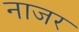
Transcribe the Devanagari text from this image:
नाजर